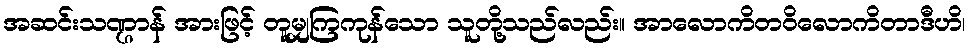
အဆင်းသဏ္ဌာန် အားဖြင့် တူမျှကြကုန်သော သူတို့သည်လည်း။ အာလောကိတဝိလောကိတာဒီဟိ၊